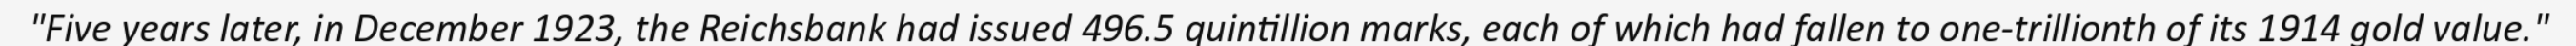
"Five years later, in December 1923, the Reichsbank had issued 496.5 quintillion marks, each of which had fallen to one-trillionth of its 1914 gold value."